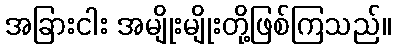
အခြားငါး အမျိုးမျိုးတို့ဖြစ်ကြသည်။